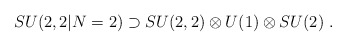
\begin{align*}SU(2,2|N=2) \supset SU(2,2)\otimes U(1)\otimes SU(2)\ .\end{align*}